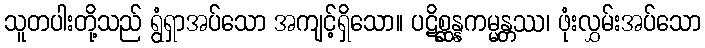
သူတပါးတို့သည် ရွံရှာအပ်သော အကျင့်ရှိသော။ ပဋိစ္ဆန္နကမ္မန္တဿ၊ ဖုံးလွှမ်းအပ်သော